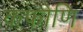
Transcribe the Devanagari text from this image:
कफोणि